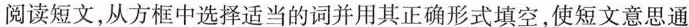
阅读短文,从方框中选择适当的词并用其正确形式填空,使短文意思通